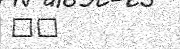
٢٧